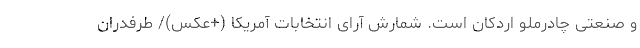
و صنعتی چادرملو اردکان است. شمارش آرای انتخابات آمریکا (+عکس)/ طرفدران